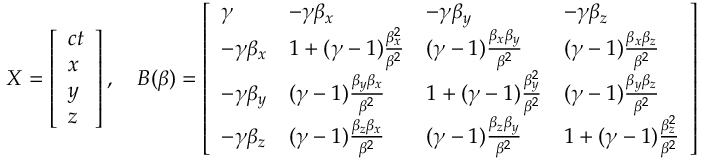
X = { \left[ \begin{array} { l } { c t } \\ { x } \\ { y } \\ { z } \end{array} \right] } \, , \quad B ( { \boldsymbol { \beta } } ) = { \left[ \begin{array} { l l l l } { \gamma } & { - \gamma \beta _ { x } } & { - \gamma \beta _ { y } } & { - \gamma \beta _ { z } } \\ { - \gamma \beta _ { x } } & { 1 + ( \gamma - 1 ) { \frac { \beta _ { x } ^ { 2 } } { \beta ^ { 2 } } } } & { ( \gamma - 1 ) { \frac { \beta _ { x } \beta _ { y } } { \beta ^ { 2 } } } } & { ( \gamma - 1 ) { \frac { \beta _ { x } \beta _ { z } } { \beta ^ { 2 } } } } \\ { - \gamma \beta _ { y } } & { ( \gamma - 1 ) { \frac { \beta _ { y } \beta _ { x } } { \beta ^ { 2 } } } } & { 1 + ( \gamma - 1 ) { \frac { \beta _ { y } ^ { 2 } } { \beta ^ { 2 } } } } & { ( \gamma - 1 ) { \frac { \beta _ { y } \beta _ { z } } { \beta ^ { 2 } } } } \\ { - \gamma \beta _ { z } } & { ( \gamma - 1 ) { \frac { \beta _ { z } \beta _ { x } } { \beta ^ { 2 } } } } & { ( \gamma - 1 ) { \frac { \beta _ { z } \beta _ { y } } { \beta ^ { 2 } } } } & { 1 + ( \gamma - 1 ) { \frac { \beta _ { z } ^ { 2 } } { \beta ^ { 2 } } } } \end{array} \right] }